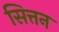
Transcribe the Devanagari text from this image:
सित्तन